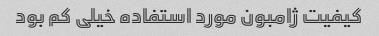
کیفیت ژامبون مورد استفاده خیلی کم بود